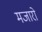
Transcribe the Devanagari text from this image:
मजारो